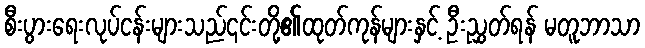
စီးပွားရေးလုပ်ငန်းများသည်၎င်းတို့၏ထုတ်ကုန်များနှင့် ဦးညွှတ်ရန် မတူဘာသာ